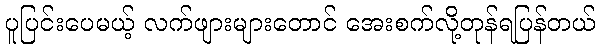
ပူပြင်းပေမယ့် လက်ဖျားများတောင် အေးစက်လို့တုန်ရပြန်တယ်